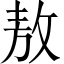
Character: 敖